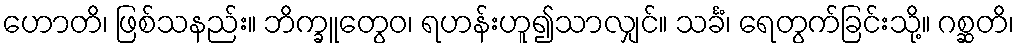
ဟောတိ၊ ဖြစ်သနည်း။ ဘိက္ခူတွေဝ၊ ရဟန်းဟူ၍သာလျှင်။ သင်္ခံ၊ ရေတွက်ခြင်းသို့။ ဂစ္ဆတိ၊